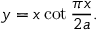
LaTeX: y = x \cot { \frac { \pi x } { 2 a } } .